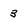
Character: 3